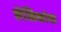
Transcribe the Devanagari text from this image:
लेखिकांचा